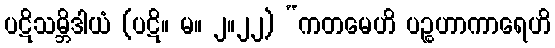
ပဋိသမ္ဘိဒါယံ (ပဋိ။ မ။ ၂။၂၂) “ကတမေဟိ ပဉ္စဟာကာရေဟိ